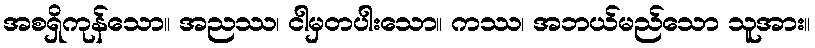
အစရှိကုန်သော။ အညဿ၊ ငါမှတပါးသော။ ကဿ၊ အဘယ်မည်သော သူအား။